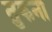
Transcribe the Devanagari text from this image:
तुकना